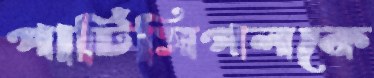
পার্টিসিপলকে